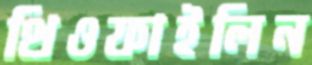
থিওফাইলিন